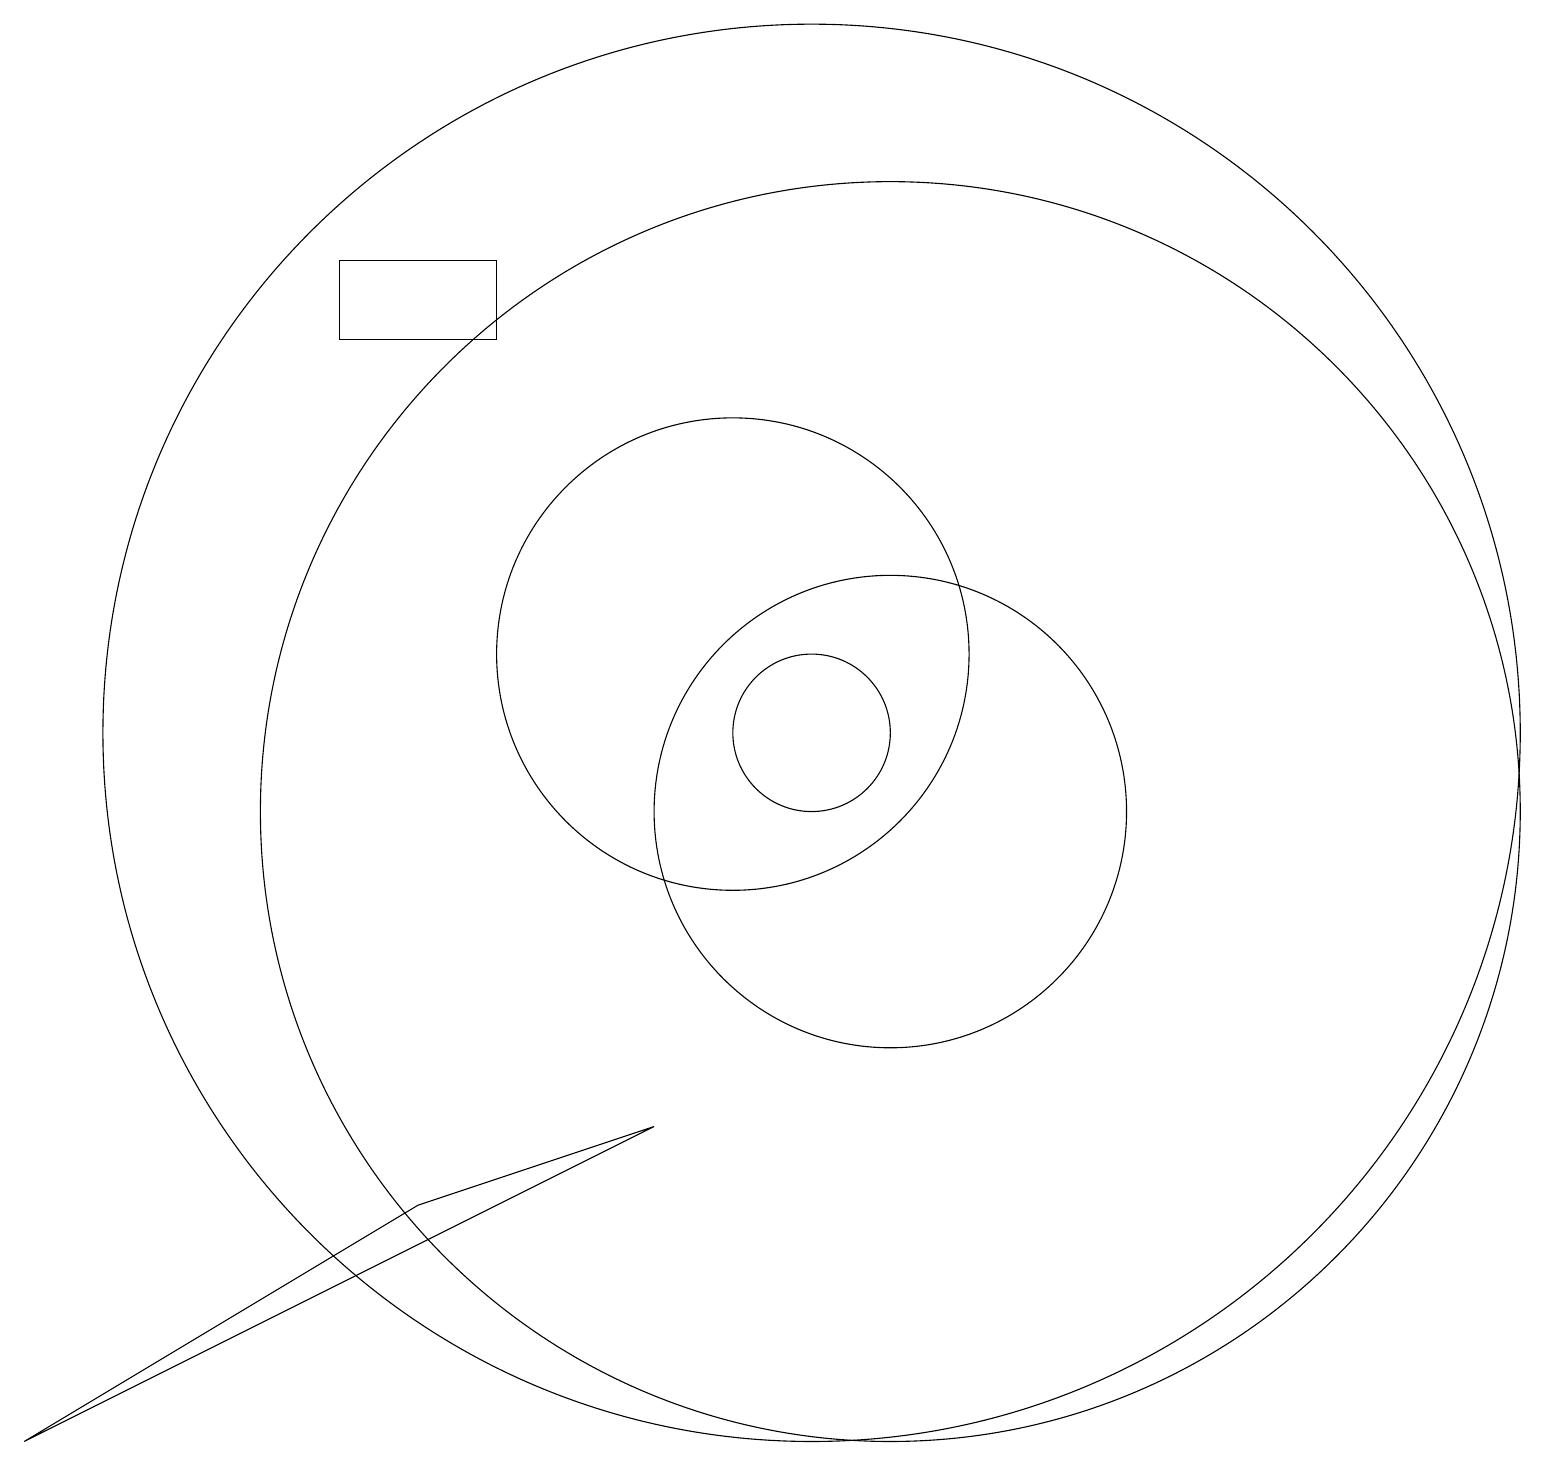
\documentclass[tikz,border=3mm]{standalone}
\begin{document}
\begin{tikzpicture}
\draw (11,11) circle (1);
\draw (12,10) circle (3);
\draw (9,6) -- (6,5) -- (1,2) -- cycle;
\draw (7,16) rectangle (5,17);
\draw (12,10) circle (8);
\draw (10,12) circle (3);
\draw (11,11) circle (9);
\draw (10,11) circle (0);
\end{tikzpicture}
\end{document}